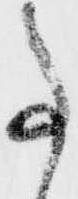
事